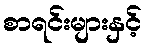
စာရင်းများနှင့်